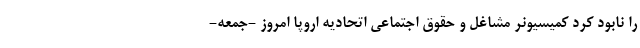
را نابود کرد کمیسیونر مشاغل و حقوق اجتماعی اتحادیه اروپا امروز -‌جمعه-